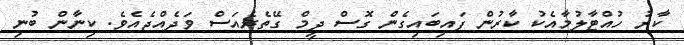
ކާރު ހުއްޓާލުމާއެކު ކާރުން ފައިބައިގެން ގޮސް ދީމް ގޭތެރެއަސް ވަދެއްޖެއެވެ. ކިނާން ބުނި